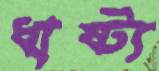
ধাষ্ট্য